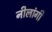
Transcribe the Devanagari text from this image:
नीलांगी